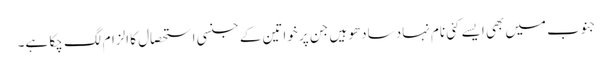
جنوب میں بھی ایسے کئی نام نہاد سادھو ہیں جن پر خواتین کے جنسی استحصال کا الزام لگ چکا ہے۔